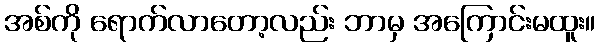
အစ်ကို ရောက်လာတော့လည်း ဘာမှ အကြောင်းမထူး။